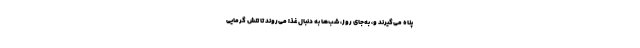
پناه می‌گیرند و، به‌جای روز، شب‌ها به دنبال غذا می‌روند تا تنش گرمایی